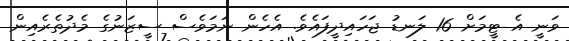
ވަނީ އެ ޓީމަށް 16 ލަނޑު ޖަހައިދީފައެވެ. އެހެން ނަމަވެސް ސީޒަނުގެ މެދުތެރެއިން